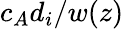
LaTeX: c_{A}d_{i}/w(z)